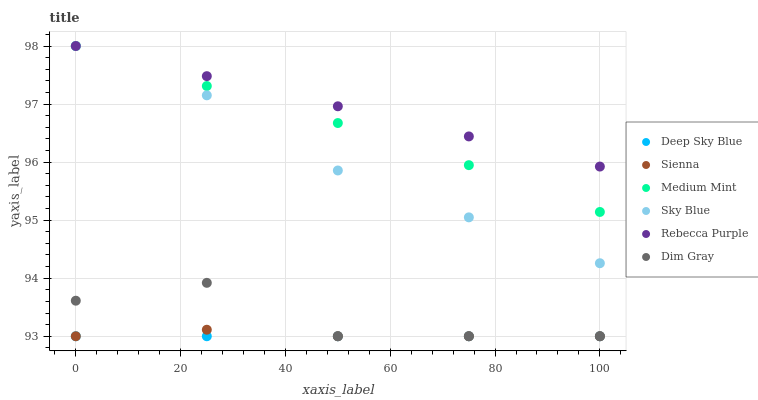
| xaxis_label | Deep Sky Blue | Sienna | Medium Mint | Sky Blue | Rebecca Purple | Dim Gray |
 | --- | --- | --- | --- | --- | --- | --- |
 | 0 | 93 | 93 | 98 | 98 | 98 | 93.6 |
 | 25 | 93 | 93.1 | 97.3 | 97.2 | 97.5 | 93.9 |
 | 50 | 93 | 93 | 96.7 | 95.9 | 97 | 93 |
 | 75 | 93 | 93 | 95.9 | 95 | 96.4 | 93 |
 | 100 | 93 | 93 | 95.1 | 94.3 | 95.9 | 93 |